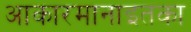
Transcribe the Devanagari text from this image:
आकारमानाइतका